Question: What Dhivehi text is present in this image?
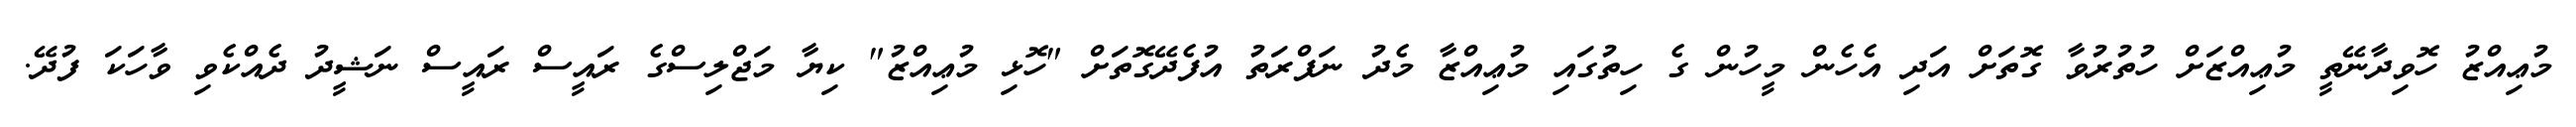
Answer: މުޢިއްޒު ހޮވިދާނޭތީ މުޢިއްޒަށް ހުތުރުވާ ގޮތަށް އަދި އެހެން މީހުން ގެ ހިތުގައި މުޢިއްޒާ މެދު ނަފްރަތު އުފެދޭގޮތަށް "ހޮޅި މުޢިއްޒު" ކިޔާ މަޖްލިސްގެ ރައީސް ރައީސް ނަޝީދު ދެއްކެވި ވާހަކަ ފުދޭ.